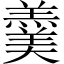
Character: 羹